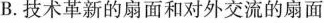
B.技术革新的扇面和对外交流的扇面